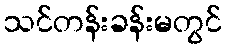
သင်တန်းခန်းမတွင်